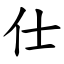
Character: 仕